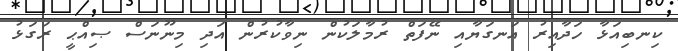
ކިނބިއަޅާ ހަދާއިރު އަނގަޔާއި ނޭފަތް ރުމާލަކުން ނިވާކުރުން އަދި މިނޫނަސް ޞިއްޙީ ރަގަޅު